Annual report on the mental hospital in the Central Provinces and Berar (Nagpur) - 1927-1951
Year: 1927
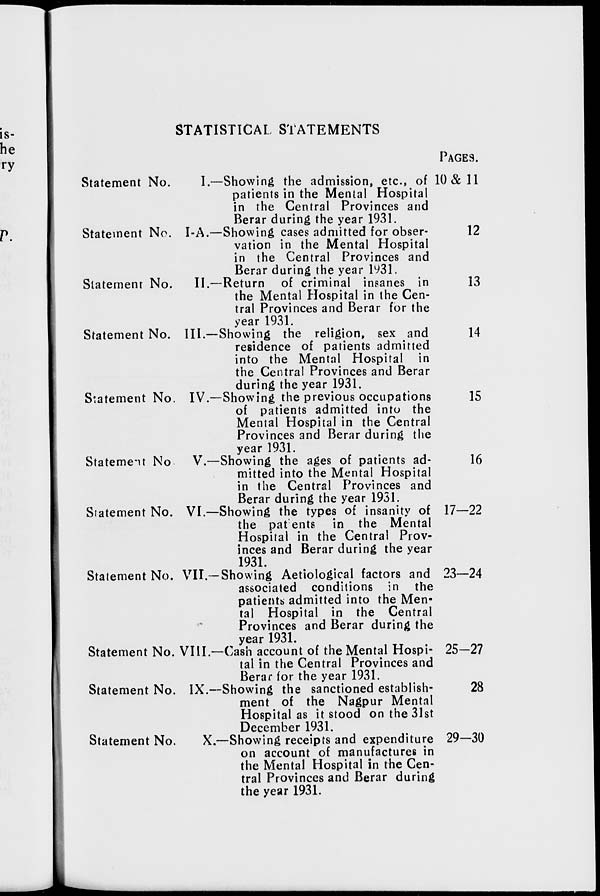
STATISTICAL STATEMENTS
Statement No.
Statement No.
Statement No.
Statement No.
Statement No.
Statement No.
Statement No.
Statement No.
Statement No.
Statement No.
Statement No.
I.—Showing the admission, etc., of
patients in the Mental Hospital
in the Central Provinces and
Berar during the year 1931.
I-A.—Showing cases admitted for obser-
vation in the Mental Hospital
in the Central Provinces and
Berar during the year 1931.
II.—Return of criminal insanes in
the Mental Hospital in the Cen-
tral Provinces and Berar for the
year 1931.
III.—Showing the religion, sex and
residence of patients admitted
into the Mental Hospital in
the Central Provinces and Berar
during the year 1931.
IV.—Showing the previous occupations
of patients admitted into the
Mental Hospital in the Central
Provinces and Berar during the
year 1931.
V.—Showing the ages of patients ad-
mitted into the Mental Hospital
in the Central Provinces and
Berar during the year 1931.
VI.—Showing the types of insanity of
the patients in the Mental
Hospital in the Central Prov-
inces and Berar during the year
1931.
VII.—Showing Aetiological factors and
associated conditions in the
patients admitted into the Men-
tal Hospital in the Central
Provinces and Berar during the
year 1931.
VIII.—Cash account of the Mental Hospi-
tal in the Central Provinces and
Berar for the year 1931.
IX.—Showing the sanctioned establish-
ment of the Nagpur Mental
Hospital as it stood on the 31st
December 1931.
X.—Showing receipts and expenditure
on account of manufactures in
the Mental Hospital in the Cen-
tral Provinces and Berar during
the year 1931.
PAGES.
10
& 11
12
13
14
15
16
17—22
23—24
25—27
28
29—30